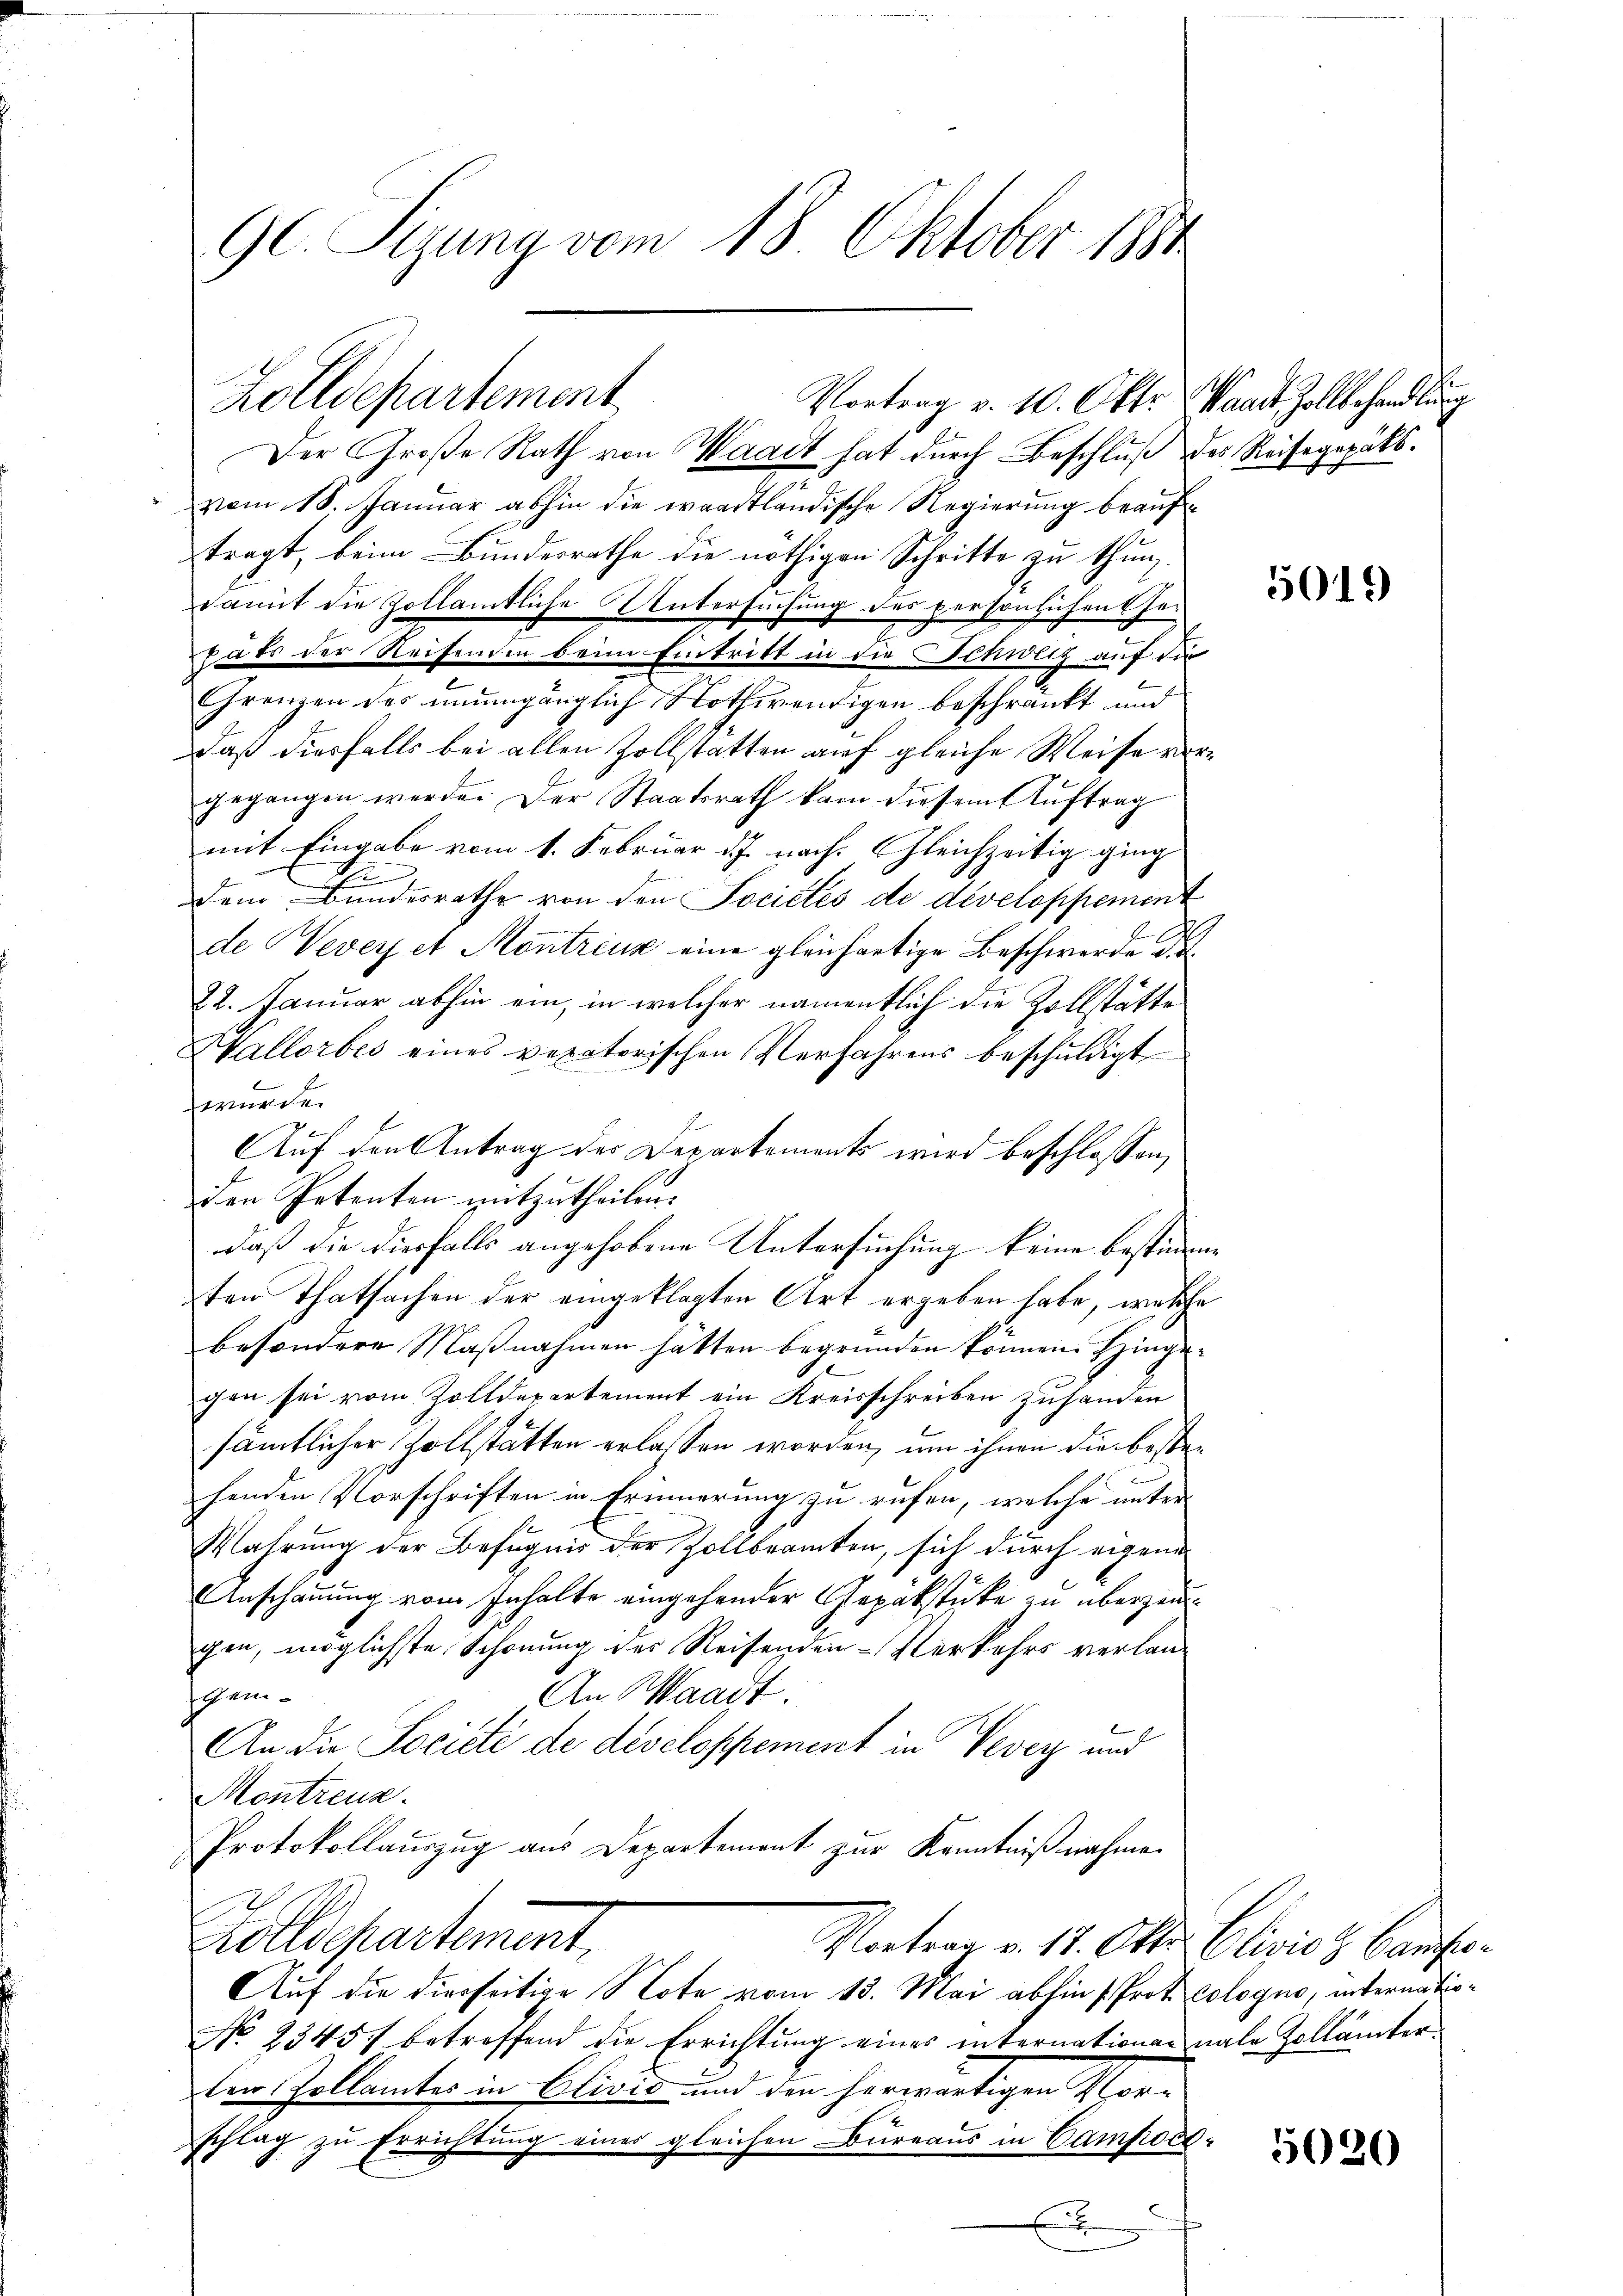
Der Große Rath von Waadt hat durch Beschluß des Reisegepäksvom 18. Januar abhin die waadtländische Regierung beauftragt, beim Bundesrathe die nöthigen Schritte zu thun.
damit die Zollamtliche Untersuchung des persönlichen Geputs der Reisenden beim Eintritt in die Schweiz auf die
Gränzen des unumgänglich Nothwendigen beschränkt und
daß diesfalls bei allen Zollstatten auf gleiche Weise vergegangen werde. Der Staatsrath kam diesem Auftrag
mit Eingabe vom 1. Februar d. J. nach. Gleichzeitig ging
d
Dem Bundesrathe von den Sociétés de developpement
de Severet Montreux eine gleichartige Beschwerde die
22. Januar abhin ein, in welcher namentlich die Zollstätte
Vallorbes eines veratorischen Verfahrens beschuldigt
würde.
Auf den Antrag des Departements wird beschlossen,
Den Petenten mitzutheilen.
daß die diesfalls angehobene Untersuchung keine bestimme
ten Thatsachen der eingeklagten Art ergeben habe, welche
besondere Maßnahmen hätten begründen können. Hingegen sei vom Zolldepartement ein Kreisschreiben zuhanden
sämtlicher Zollstatten erlassen worden, um ihnen die bestehenden Vorschriften in Erinnerung zu rufen, welche unter
Wahrung der Befugnis der Zollbeamten, sich durch eigene
Anschauung vom Inhalte eingehender Gepäkstücke zu überzeuggen, möglichste Schonung der Reisenden Verkehrs verlangem¬
An Maast.
An die Societé de dévelospement in Vevey und
Montrenn
Protokollauszug aus Departement zur Kenntnißnahmen
A
Aotschartement
Montrag v. 12. Okt. Clivis s. Canto¬
Auf die diesseitige Note vom 13. Mai abhin (Prot. Cologno, internatio¬
No 23451 betreffend die Errichtung eines internationen nahe Zollämterden Zollamtes in Olivis und den herwärtigen Vor-
schlag zu Errichtung eines gleichen Bureaus in Camposix

Gl. Sizung vom 18. Oktober 1890

Zolldepartement

Vortrag v. 10. Okt. Waadt Zollbehandlung

5019

5020